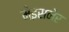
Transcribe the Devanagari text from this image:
मेइसनेर